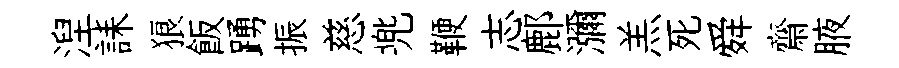
湼誄狼飯踴振慈兠鞭志鄜瀰羔死舜齋腋